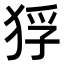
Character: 𤞲